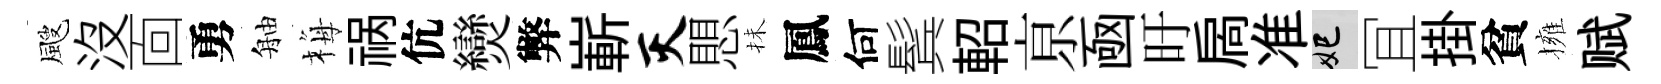
颼沒靣勇舳梅祸伉𤓖弊嶄灭愳抺鳳何鬂軺亰凾旴扄准妃冝掛貧擁赋